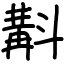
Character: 斠